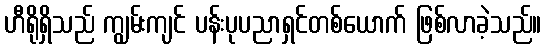
ဟီရိုရှိသည် ကျွမ်းကျင် ပန်းပုပညာရှင်တစ်ယောက် ဖြစ်လာခဲ့သည်။